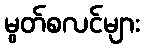
မွတ်စလင်များ